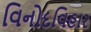
વિનોદવિહાર